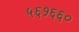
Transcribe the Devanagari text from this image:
५६१६६०